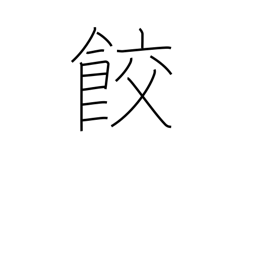
Meaning: gyoza